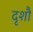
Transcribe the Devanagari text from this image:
दृशौ